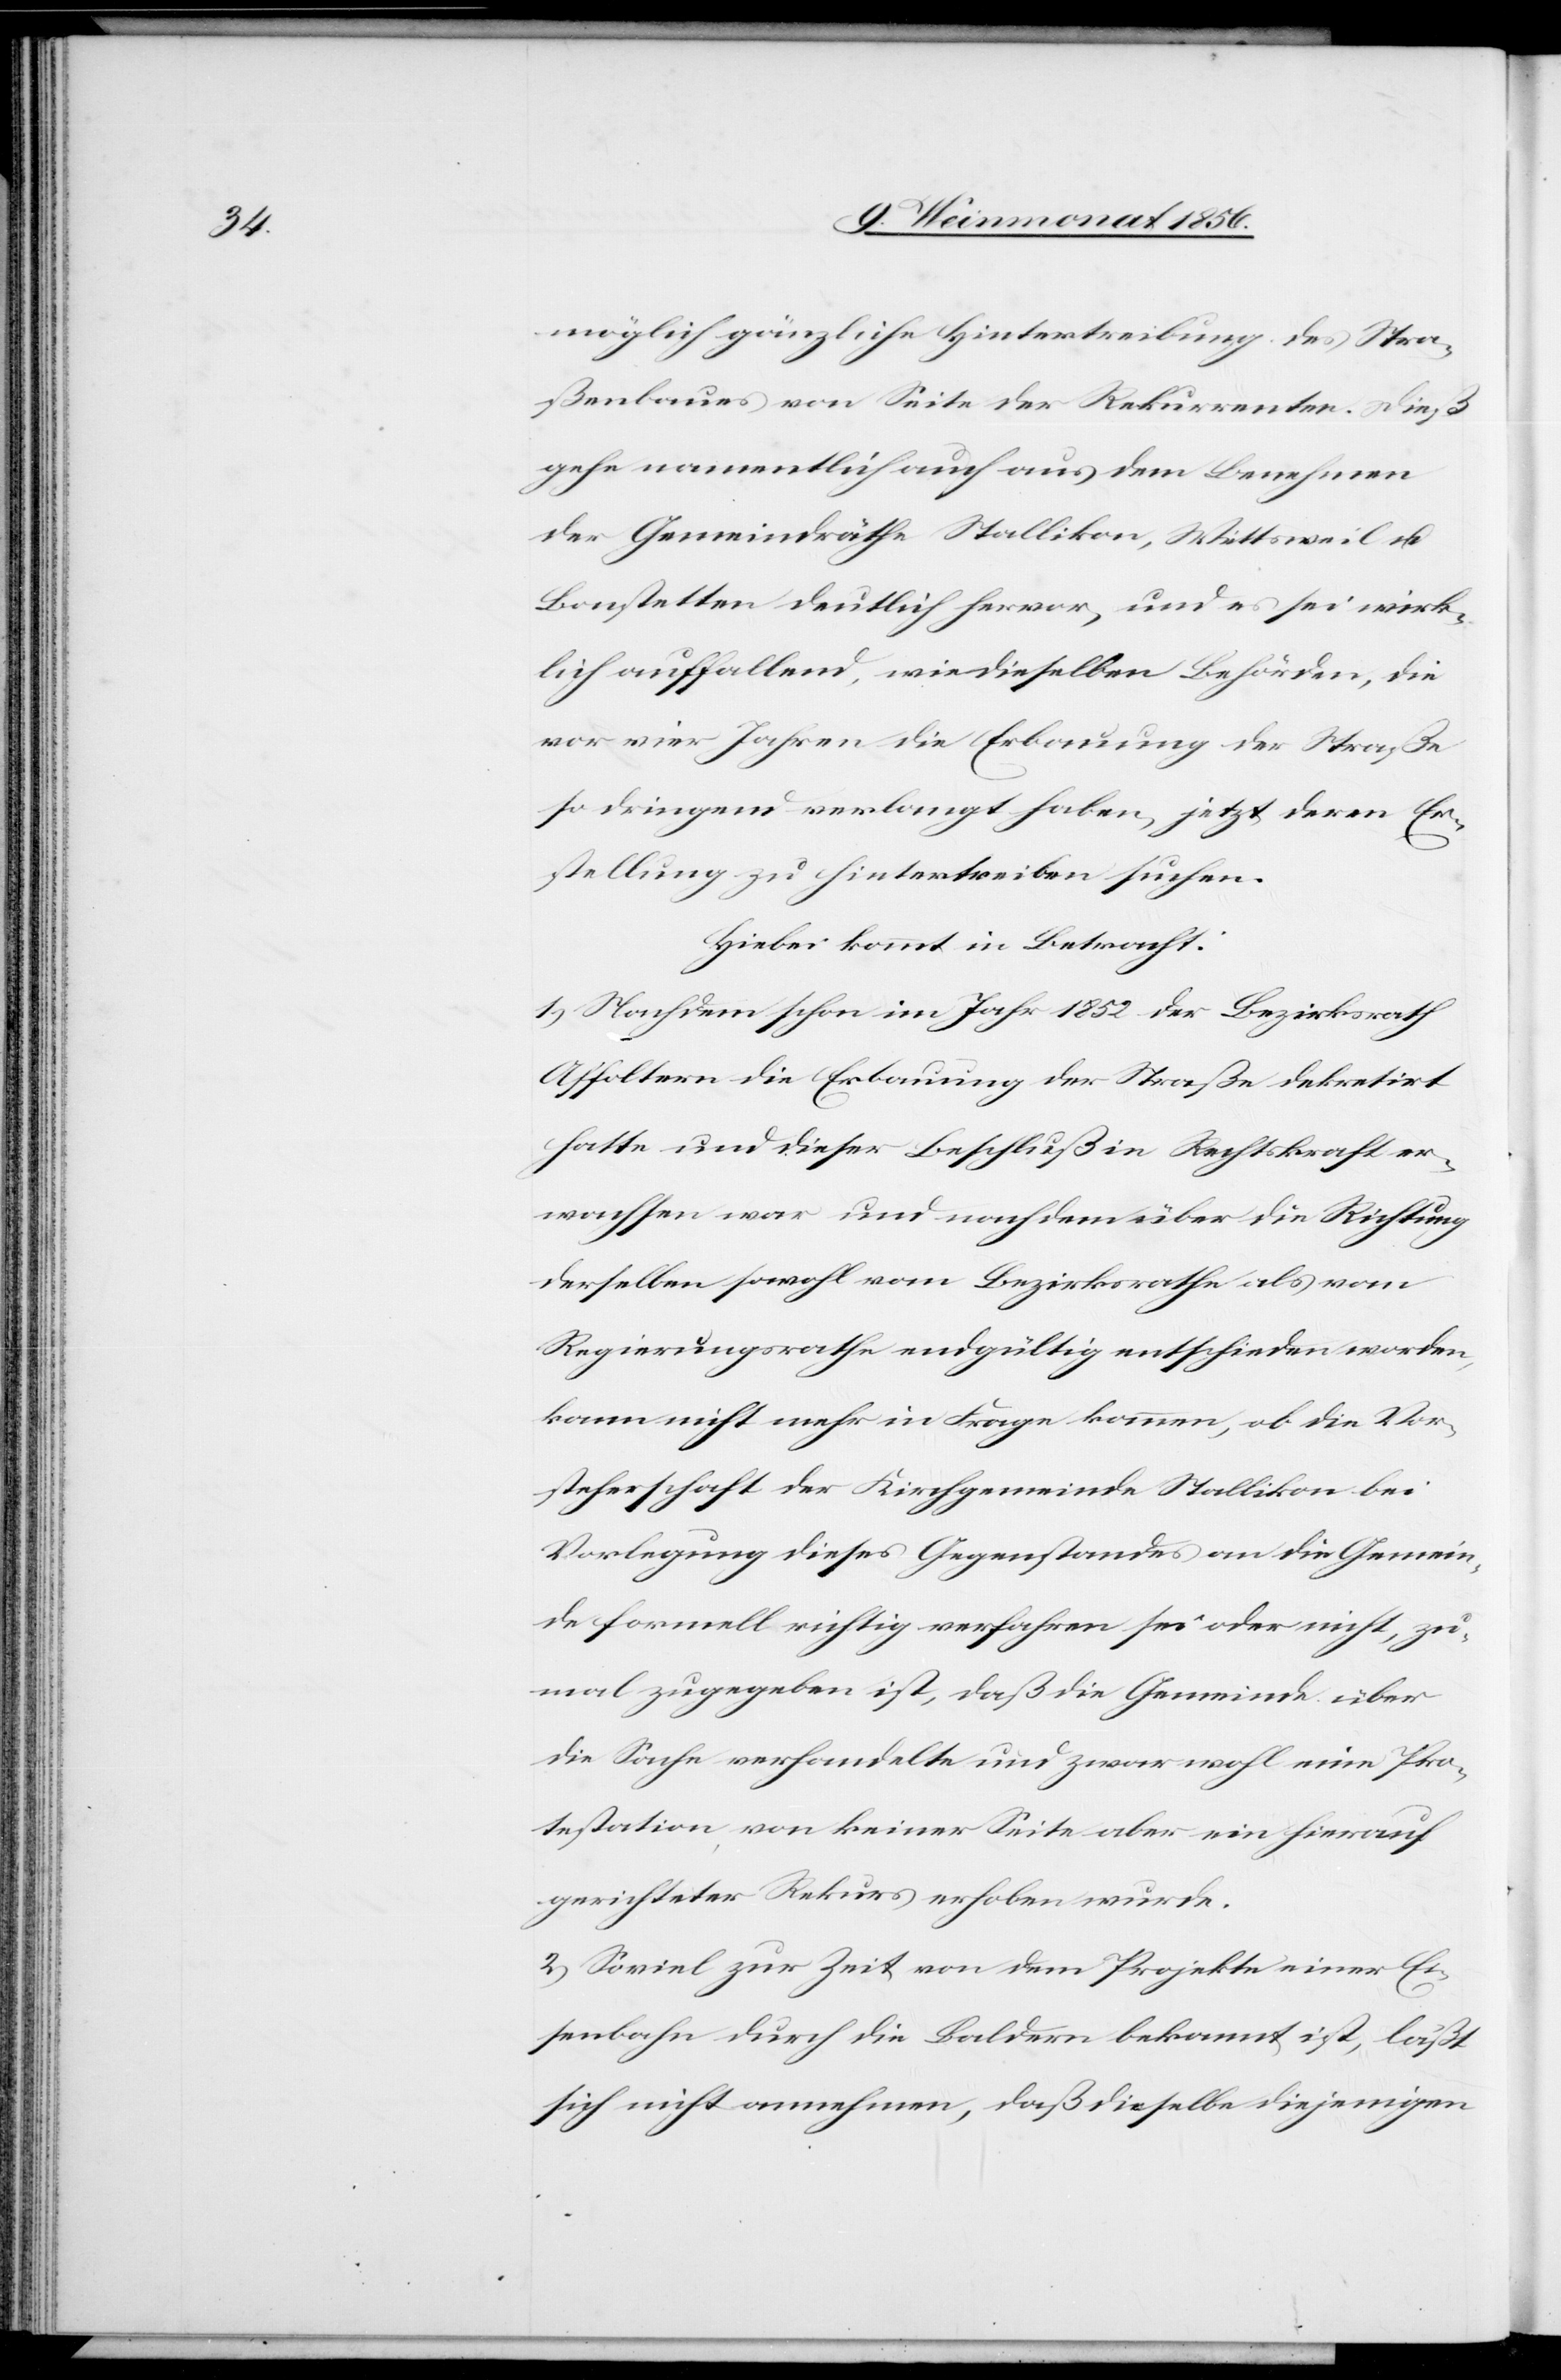
möglich gänzliche Hintertreibung des Stra¬
ßenbaues von Seite der Rekurrenten. Dieß
gehe namentlich auch aus dem Benehmen
der Gemeinderäthe Stallikon, Wettsweil u.
Bonstetten deutlich hervor, und es sei wirk¬
lich auffallend, wie dieselben Behörden, die
vor vier Jahren die Erbauung der Straße
so dringend verlangt haben, jetzt deren Er¬
stellung zu hintertreiben suchen.
Hiebei kommt in Betracht:
1) Nachdem schon im Jahr 1852 der Bezirksrath
Affoltern die Erbauung der Straße dekretirt
hatte und dieser Beschluß in Rechtkraft er¬
wachsen war und nachdem über die Richtung
derselben sowohl vom Bezirksrathe als vom
Regierungsrathe endgültig entschieden worden,
kann nicht mehr in Frage kommen, ob die Vor¬
steherschaft der Kirchgemeinde Stallikon bei
Vorlegung dieses Gegenstandes an die Gemein¬
de formell richtig verfahren sei oder nicht, zu¬
mal zugegeben ist, daß die Gemeinde über
die Sache verhandelte und zwar wohl eine Pro¬
testation, von keiner Seite aber ein hierauf
gerichteter Rekurs erhoben wurde.
2) Soviel zur Zeit von dem Projekte einer Ei¬
senbahn durch die Baldern bekannt ist, läßt
sich nicht annehmen, daß dieselbe diejenigen